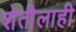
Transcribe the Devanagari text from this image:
शेतीलाही